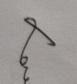
Signature authenticity: genuine